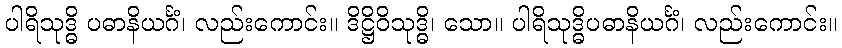
ပါရိသုဒ္ဓိ ပဓာနိယင်္ဂံ၊ လည်းကောင်း။ ဒိဋ္ဌိဝိသုဒ္ဓိ၊ သော။ ပါရိသုဒ္ဓိပဓာနိယင်္ဂံ၊ လည်းကောင်း။